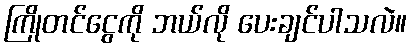
ကြိုတင်ငွေကို ဘယ်လို ပေးချင်ပါသလဲ။